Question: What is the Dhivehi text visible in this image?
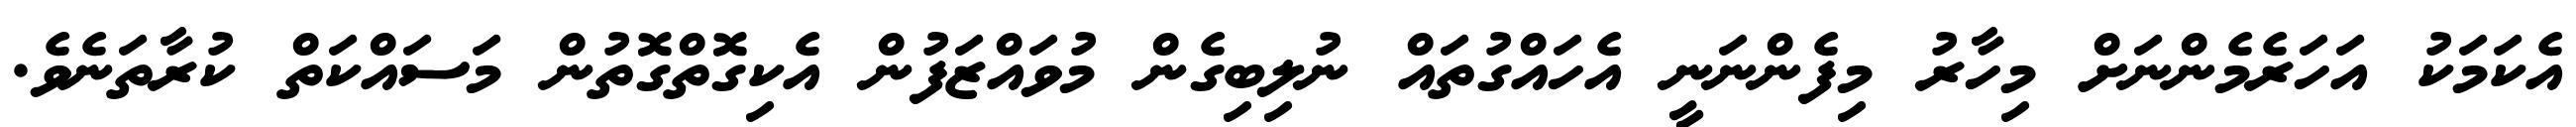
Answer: އެކަމަކު އަހަރެމެންނަށް މިހާރު މިފެންނަނީ އެހައްގުތައް ނުލިބިގެން މުވައްޒަފުން އެކިގޮތްގޮތުން މަސައްކަތް ކުރާތަނެވެ.